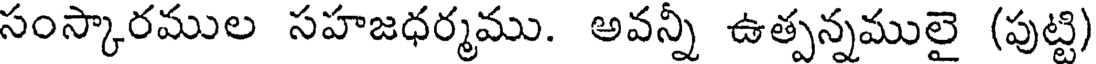
సంస్కారముల సహజధర్మము. అవన్నీ ఉత్పన్నములై (పుట్టి)